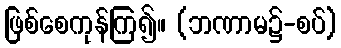
ဖြစ်စေကုန်ကြ၍။ (ဘဏာမ၌-စပ်)